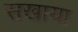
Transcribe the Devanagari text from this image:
सखाया